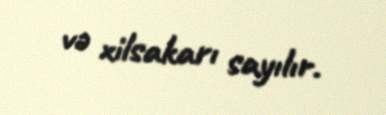
və xilsakarı sayılır.